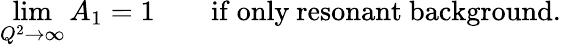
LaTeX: \operatorname*{lim}_{Q^{2}\rightarrow\infty}A_{1}=1\qquad\mathrm{if\ only\ resonant\ background}.